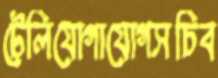
টেলিযোগাযোগসচিব